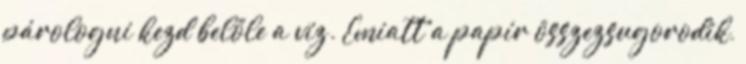
párologni kezd belőle a víz. Emiatt a papír összezsugorodik,